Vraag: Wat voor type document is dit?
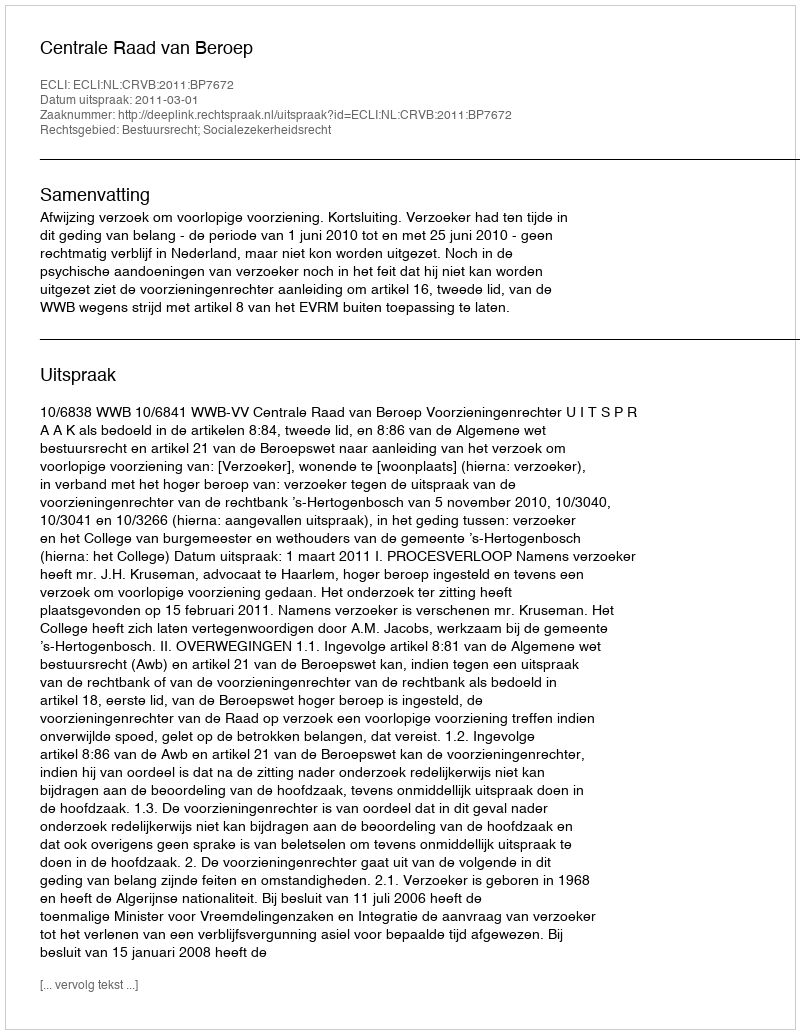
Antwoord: Uitspraak